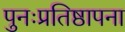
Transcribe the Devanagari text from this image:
पुनःप्रतिष्ठापना